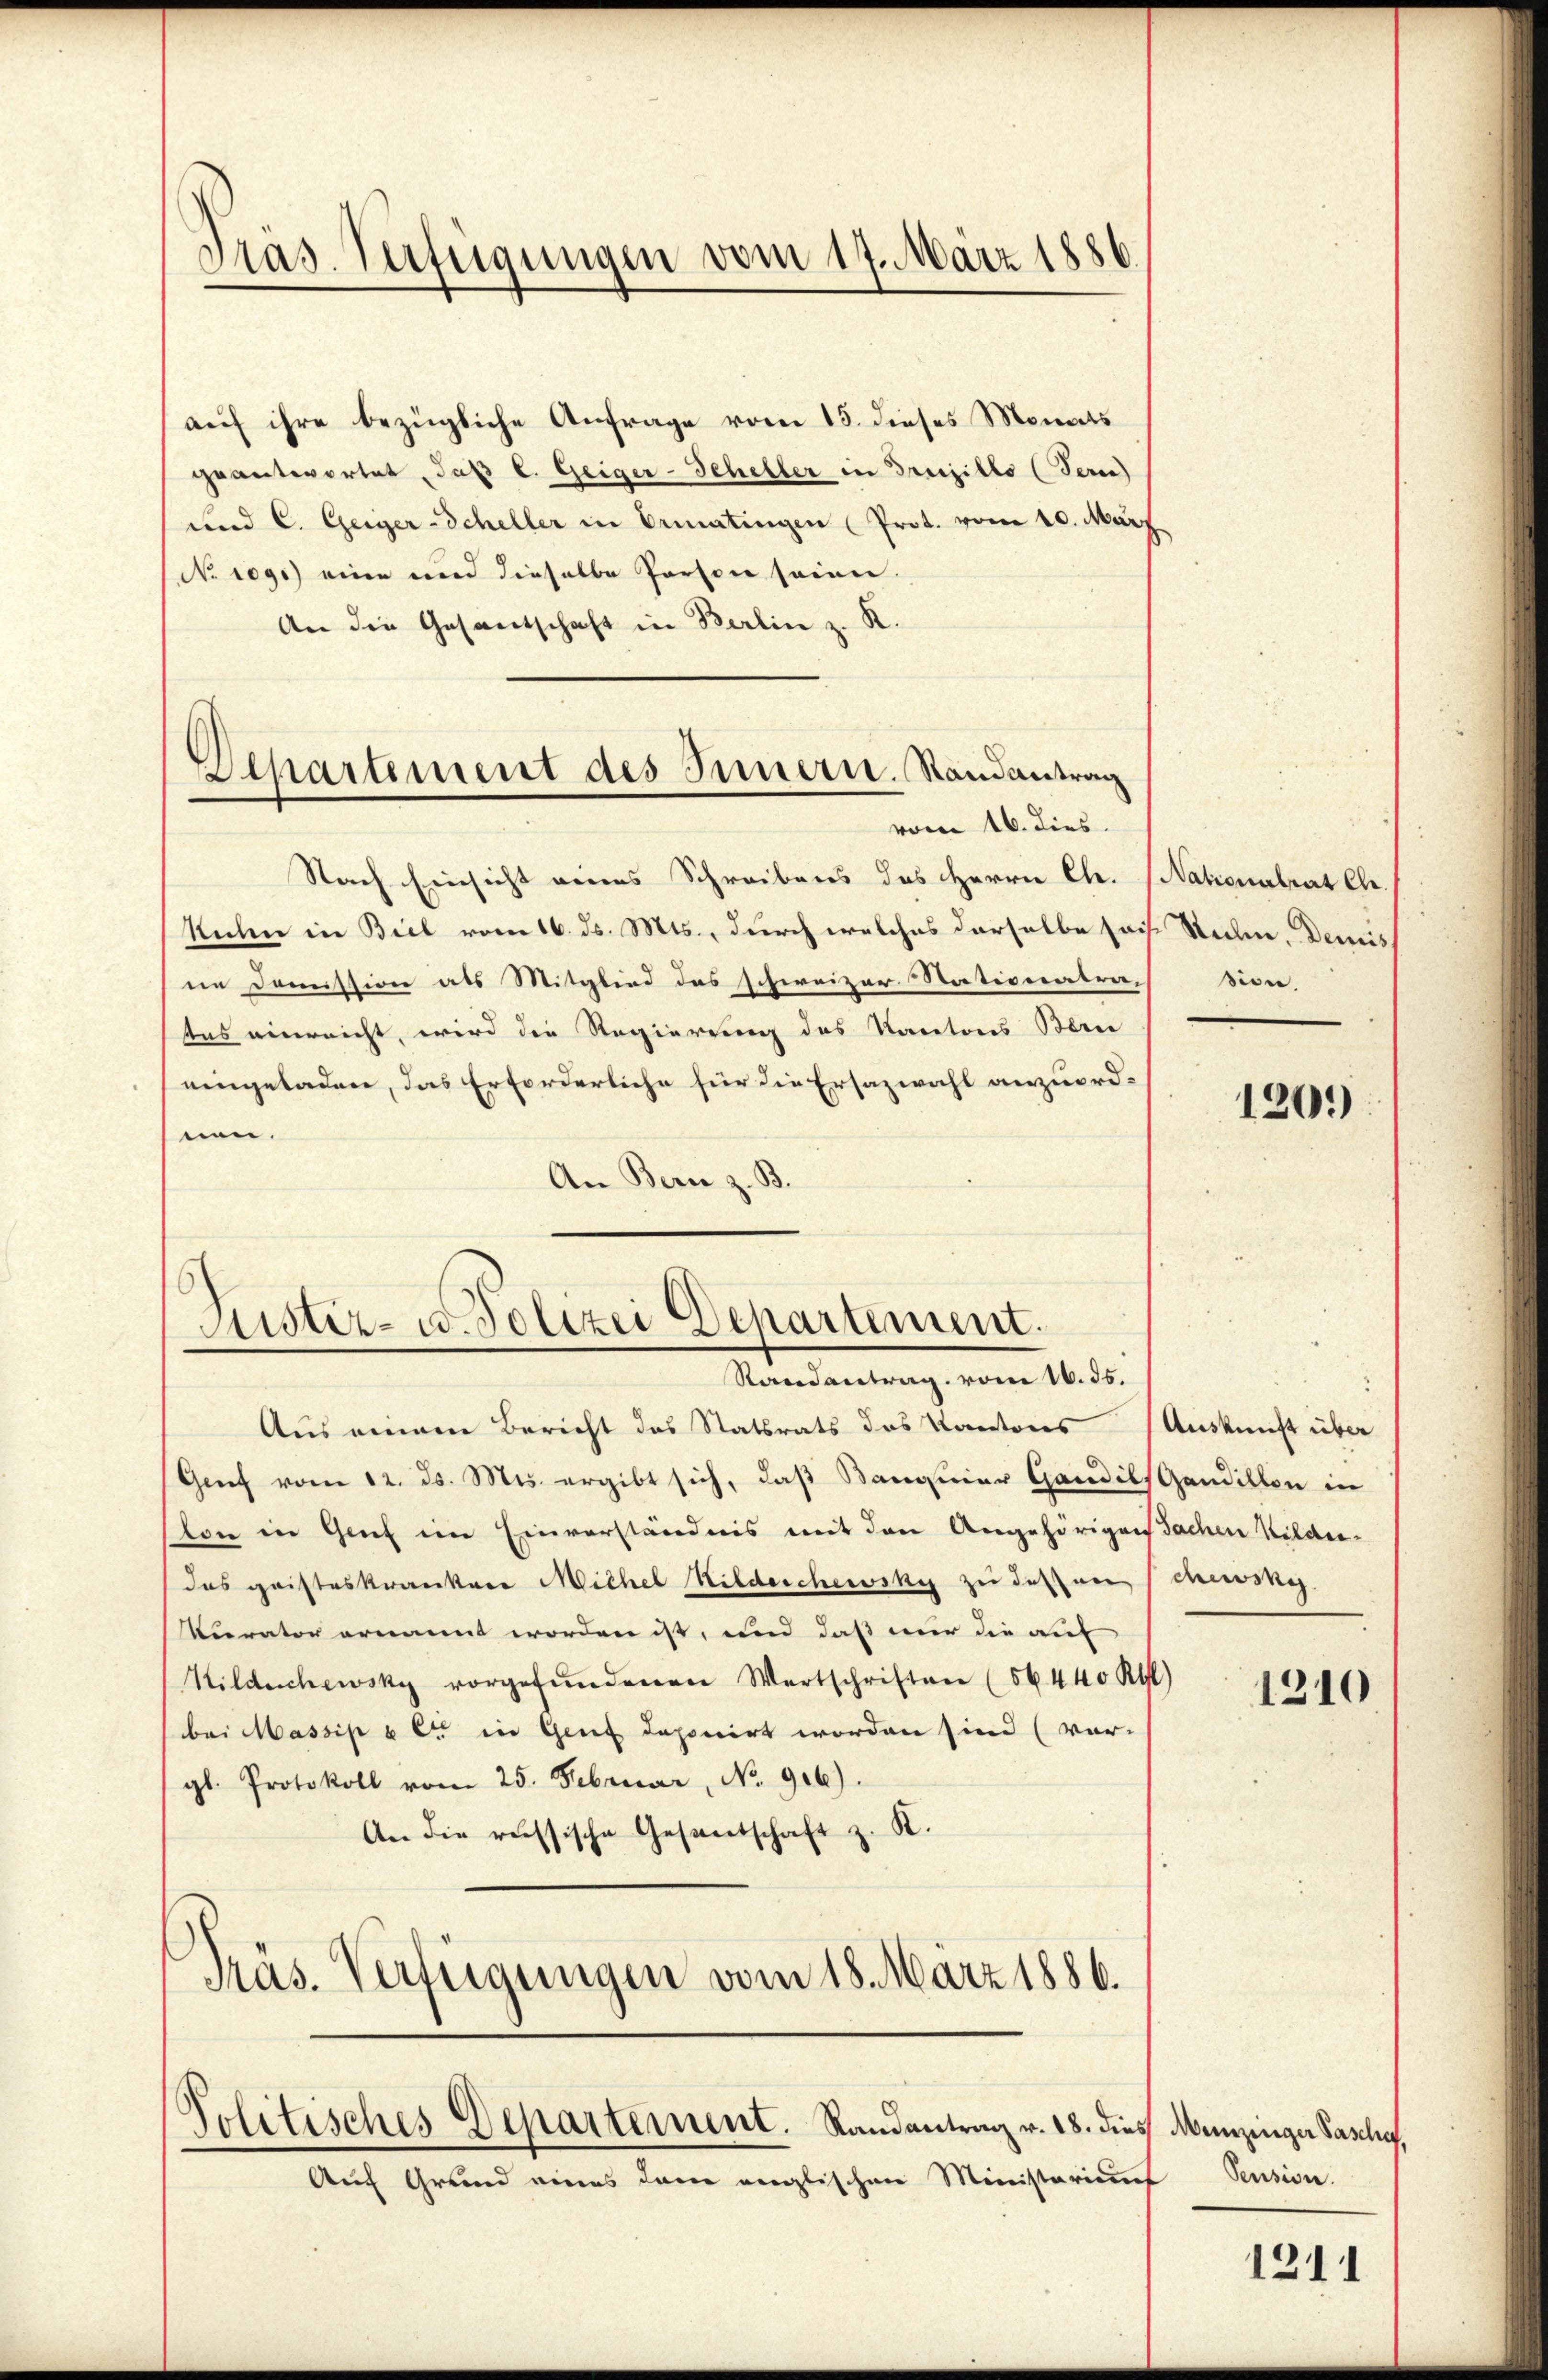
Präs. Verfügungen vom 17. März 1886.

auf ihre bezügliche Anfrage vom 15. dieses Monats
geantwortet, daß E. Geiger-Scheller in Prejillo (Tern)
und C. Geiger-Scheller in Ermatingen (Prot. vom 10. März
No 109.) eine und dieselbe Person seien
An die Gesantschaft in Berlin z. K.
Nach Einsicht eines Schreibens des Herrn Ch. (Nationalrat Ch.
Rachen in Biel vom 16. ds. Mts., durch welches derselbe sois Stein, Demis
ne Domission als Mitglied des schweizer Nationatra-
Aus einreicht, wird die Regierung des Kantons Berei
eingeladen, das Erforderliche für die Ersazwahl anzuordnen.
An Bern z. B.

Departement des Innern. Randantrag
vom 16. dies

Sistiz- u. Polizei Departement.
Randantrag vom 1. 35.

Aus einem Bericht des Statsrats des Kantons-Auskunft über
Grief vom 12. Js. Mts. ergibt sich, daß Banniar Gandels Gandillon in
ton in Genf im Einverständnis mit den Angehörigen Sachen Wilde-
das geisteskrankere Michel Milderchewsky zu dessen schung
Kurator ernannt worden ist, und daß nur die auf
Kildischewsky vorgefŭndenen Wertschriften (56. 440 Rtl)
bei Massip u Ct. in Genf deponirt worden sind (vor-
gl. Protokoll vom 25. Februar, No. 916).
An die ressische Gesandschaft z. R.
Präs. Verfügungen vom 18. März 1886.

Politisches Departement. Randantrag v. 18. dies Menzinger Paschig,

Auf Grund eines dem englischen Ministeriums

sion.

120.)

1210

Pension.

1211